Voru_kinnistusamet, lk 11
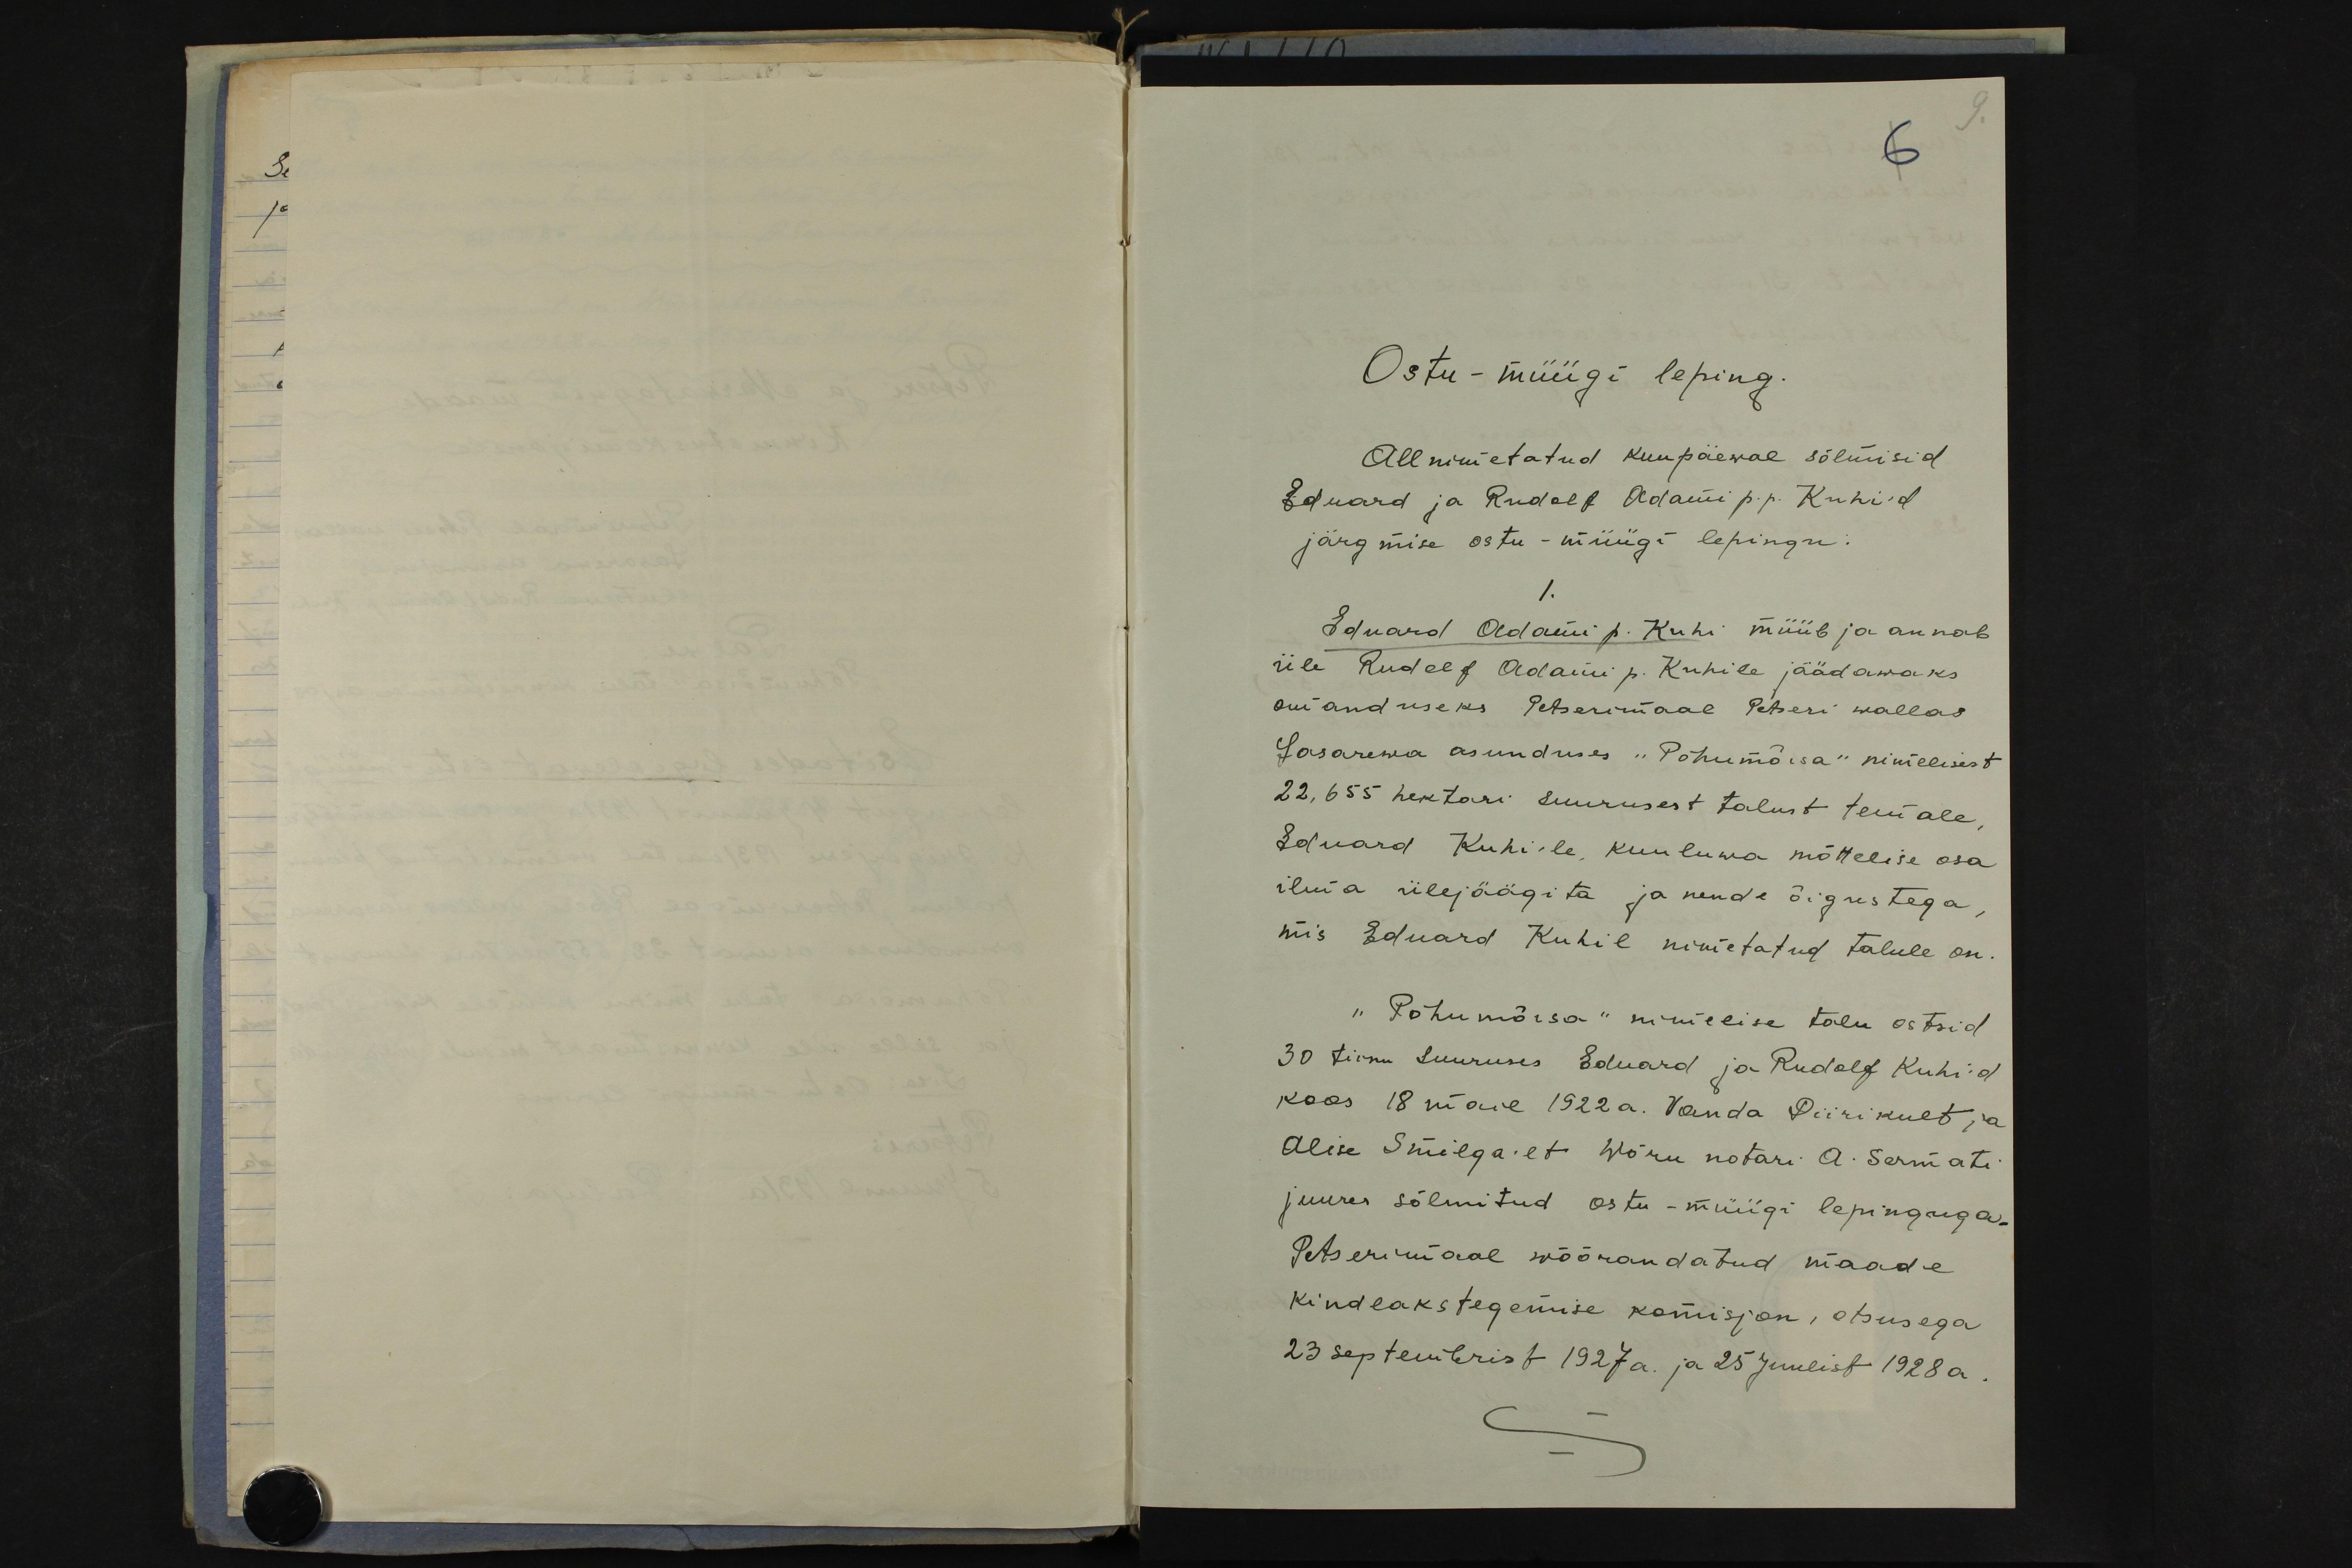
6.
Ostu-müügi leping.
Allnimetatud kuupäewal sõlmisid
Eduard ja Rudolf Adami p. p. Kuhi'd
järgmise ostu-müügi lepingu.
1.
Eduard Adami p. Kuhi müüb ja annab
üle Rudolf Adami p. Kuhile jäädawaks
omanduseks Petserimaal Petseri wallas
Lasarewa asunduses "Põhu mõisa" nimelisest
22,655 hektari suurusest talust temale
Eduard Kuhi'le, kuuluwa mõttelise osa
ilma ülejäägita ja nende õigustega,
mis Eduard Kuhil nimetatud talule on.
"Põhu mõisa" nimelise talu ostsid
30 tiinu suuruses Eduard ja Rudolf Kuhi`d
koos 18 mail 1922a. Vanda Piirikult ja
Alise Smilga`lt Wõru notari A. Sermati
juures sõlmitud ostu-müügi lepinguga.
Petserimaal wõõrandatud maade
kindlakstegemise komisjon, otsusega
23 septembrist 1927 a. ja 25 juulist 1928 a.